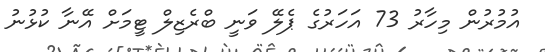
އުމުރުން މިހާރު 73 އަހަރުގެ ޕެލޭ ވަނީ ބްރެޒިލް ޓީމަށް އޭނާ ކުޅުނު